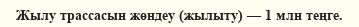
Жылу трассасын жөндеу (жылыту) — 1 млн теңге.